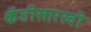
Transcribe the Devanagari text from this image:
कँडीसारखी